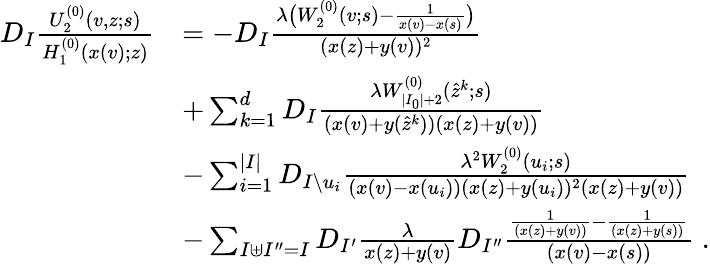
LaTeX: \begin{array}{rl}{D_{I}\frac{U_{2}^{(0)}(v,z;s)}{H_{1}^{(0)}(x(v);z)}}&{=-D_{I}\frac{\lambda\big(W_{2}^{(0)}(v;s)-\frac{1}{x(v)-x(s)}\big)}{(x(z)+y(v))^{2}}}\\ &{+\sum_{k=1}^{d}D_{I}\frac{\lambda W_{|I_{0}|+2}^{(0)}(\hat{z}^{k};s)}{(x(v)+y(\hat{z}^{k}))(x(z)+y(v))}}\\ &{-\sum_{i=1}^{|I|}D_{I\setminus u_{i}}\frac{\lambda^{2}W_{2}^{(0)}(u_{i};s)}{(x(v)-x(u_{i}))(x(z)+y(u_{i}))^{2}(x(z)+y(v))}}\\ &{-\sum_{I\uplus I^{\prime\prime}=I}D_{I^{\prime}}\frac{\lambda}{x(z)+y(v)}D_{I^{\prime\prime}}\frac{\frac{1}{(x(z)+y(v))}-\frac{1}{(x(z)+y(s))}}{(x(v)-x(s))}\; .}\end{array}